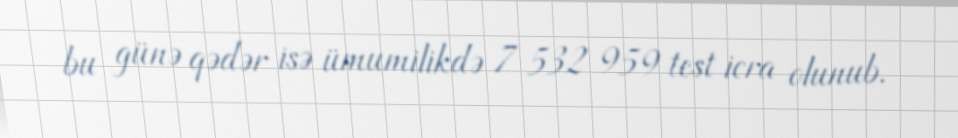
bu günə qədər isə ümumilikdə 7 532 959 test icra olunub.